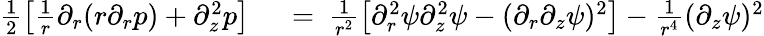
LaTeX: \begin{array}{rl}{\frac 12\big[\frac 1r\partial_{r}(r\partial_{r}p)+\partial_{z}^{2}p\big]\ }&{{}=\ \frac{1}{r^{2}}\big[\partial_{r}^{2}\psi\partial_{z}^{2}\psi-(\partial_{r}\partial_{z}\psi)^{2}\big]-\frac{1}{r^{4}}(\partial_{z}\psi)^{2}}\end{array}